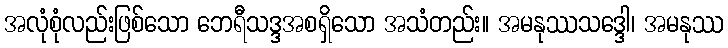
အလုံစုံလည်းဖြစ်သော ဘေရီသဒ္ဒအစရှိသော အသံတည်း။ အမနုဿသဒ္ဒေါ၊ အမနုဿ